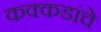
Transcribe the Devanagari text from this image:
कक्कडांचे